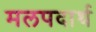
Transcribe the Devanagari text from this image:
मलपदार्थ